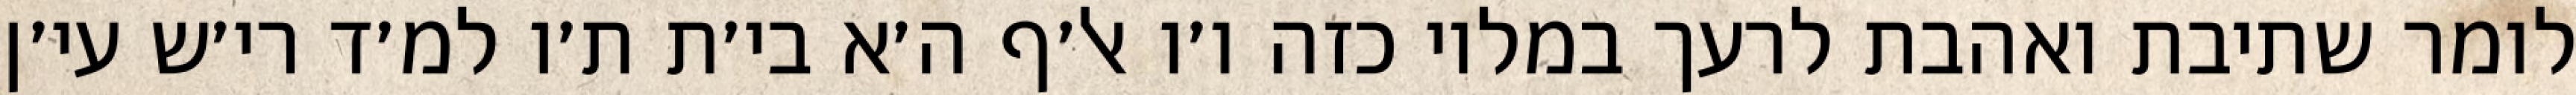
לומר שתיבת ואהבת לרעך במלוי כזה ו׳ו אל׳ף ה׳א בי׳ת ת׳ו למ׳ד רי׳ש עי׳ן